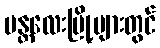
မန္တလေးမြို့များတွင်